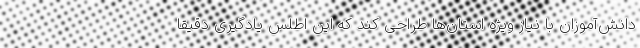
دانش‌آموزان با نیاز ویژه استان‌ها طراحی کند که این اطلس یادگیری دقیقا